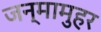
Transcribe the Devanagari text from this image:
जन्मामुहर